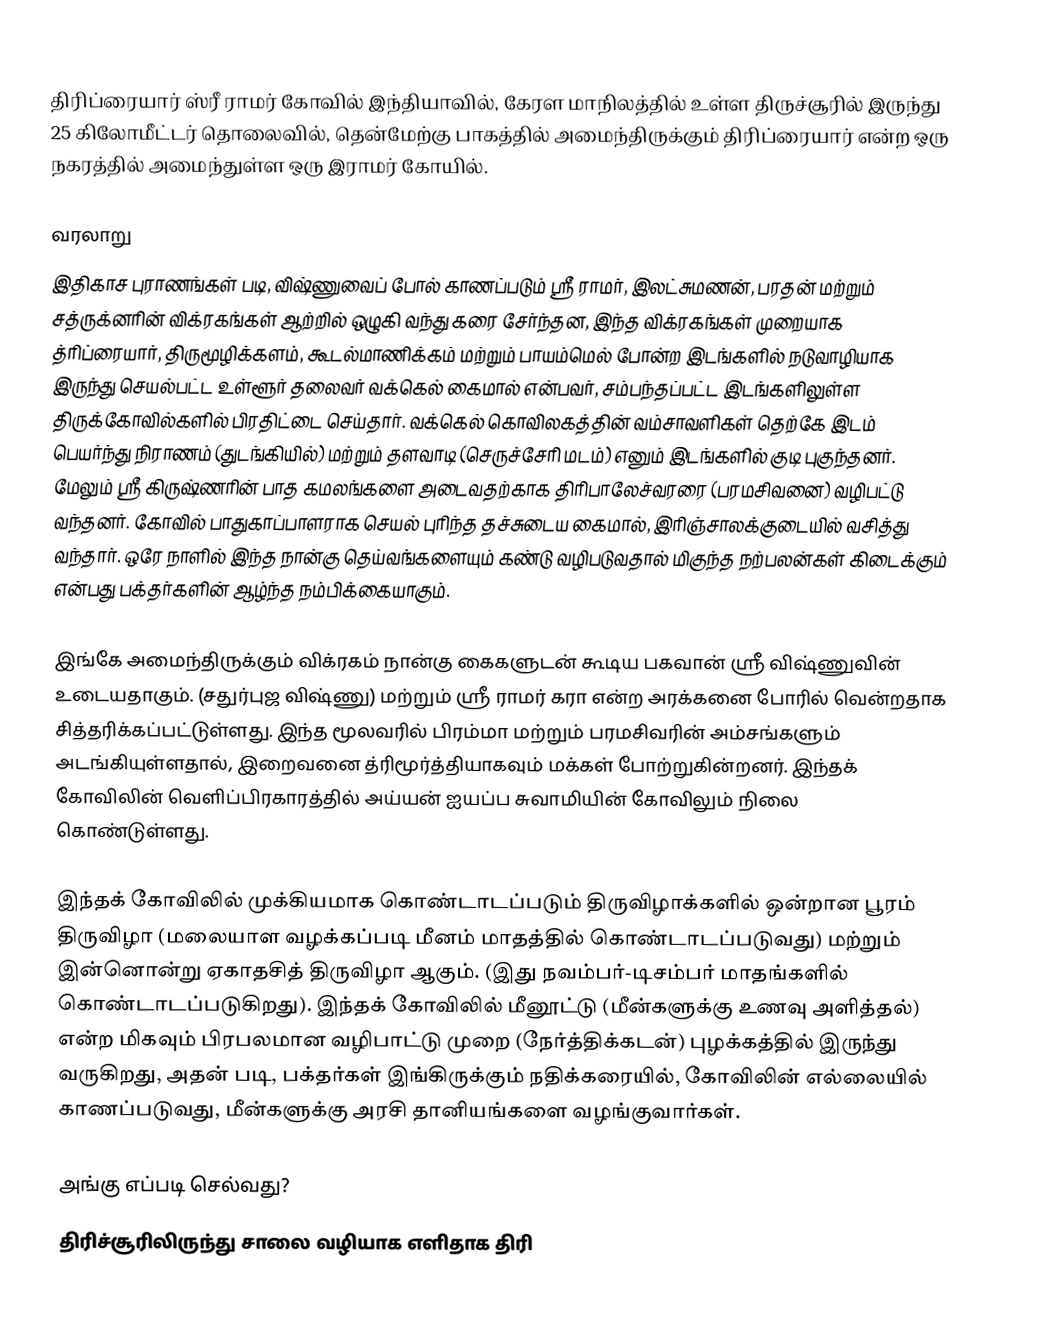
திரிப்ரையார் ஸ்ரீ ராமர் கோவில் இந்தியாவில், கேரள மாநிலத்தில் உள்ள திருச்சூரில் இருந்து 25 கிலோமீட்டர் தொலைவில், தென்மேற்கு பாகத்தில் அமைந்திருக்கும் திரிப்ரையார் என்ற ஒரு நகரத்தில் அமைந்துள்ள ஒரு இராமர் கோயில்.

வரலாறு
இதிகாச புராணங்கள் படி, விஷ்ணுவைப் போல் காணப்படும் ஸ்ரீ ராமர், இலட்சுமணன், பரதன் மற்றும் சத்ருக்னரின் விக்ரகங்கள் ஆற்றில் ஒழுகி வந்து கரை சேர்ந்தன, இந்த விக்ரகங்கள் முறையாக த்ரிப்ரையார், திருமூழிக்களம், கூடல்மாணிக்கம் மற்றும் பாயம்மெல் போன்ற இடங்களில் நடுவாழியாக இருந்து செயல்பட்ட உள்ளூர் தலைவர் வக்கெல் கைமால் என்பவர், சம்பந்தப்பட்ட இடங்களிலுள்ள திருக்கோவில்களில் பிரதிட்டை செய்தார். வக்கெல் கொவிலகத்தின் வம்சாவளிகள் தெற்கே இடம் பெயர்ந்து நிராணம் (துடங்கியில்) மற்றும் தளவாடி (செருச்சேரி மடம்) எனும் இடங்களில் குடி புகுந்தனர். மேலும் ஸ்ரீ கிருஷ்ணரின் பாத கமலங்களை அடைவதற்காக திரிபாலேச்வரரை (பரமசிவனை) வழிபட்டு வந்தனர். கோவில் பாதுகாப்பாளராக செயல் புரிந்த தச்சுடைய கைமால், இரிஞ்சாலக்குடையில் வசித்து வந்தார். ஒரே நாளில் இந்த நான்கு தெய்வங்களையும் கண்டு வழிபடுவதால் மிகுந்த நற்பலன்கள் கிடைக்கும் என்பது பக்தர்களின் ஆழ்ந்த நம்பிக்கையாகும்.

இங்கே அமைந்திருக்கும் விக்ரகம் நான்கு கைகளுடன் கூடிய பகவான் ஸ்ரீ விஷ்ணுவின் உடையதாகும். (சதுர்புஜ விஷ்ணு) மற்றும் ஸ்ரீ ராமர் கரா என்ற அரக்கனை போரில் வென்றதாக சித்தரிக்கப்பட்டுள்ளது. இந்த மூலவரில் பிரம்மா மற்றும் பரமசிவரின் அம்சங்களும் அடங்கியுள்ளதால், இறைவனை த்ரிமூர்த்தியாகவும் மக்கள் போற்றுகின்றனர். இந்தக் கோவிலின் வெளிப்பிரகாரத்தில் அய்யன் ஐயப்ப சுவாமியின் கோவிலும் நிலை கொண்டுள்ளது.

இந்தக் கோவிலில் முக்கியமாக கொண்டாடப்படும் திருவிழாக்களில் ஒன்றான பூரம் திருவிழா (மலையாள வழக்கப்படி மீனம் மாதத்தில் கொண்டாடப்படுவது) மற்றும் இன்னொன்று ஏகாதசித் திருவிழா ஆகும். (இது நவம்பர்-டிசம்பர் மாதங்களில் கொண்டாடப்படுகிறது). இந்தக் கோவிலில் மீனூட்டு (மீன்களுக்கு உணவு அளித்தல்) என்ற மிகவும் பிரபலமான வழிபாட்டு முறை (நேர்த்திக்கடன்) புழக்கத்தில் இருந்து வருகிறது, அதன் படி, பக்தர்கள் இங்கிருக்கும் நதிக்கரையில், கோவிலின் எல்லையில் காணப்படுவது, மீன்களுக்கு அரசி தானியங்களை வழங்குவார்கள்.

அங்கு எப்படி செல்வது?
திரிச்சூரிலிருந்து சாலை வழியாக எளிதாக திரி